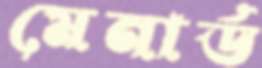
মেনার্ড